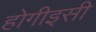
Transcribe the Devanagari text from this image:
होगीइसी